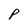
Character: p